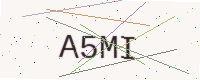
Text: A5MI